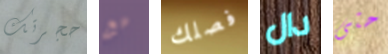
حجرتك مع فصلك دال حتى